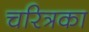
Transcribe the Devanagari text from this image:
चरित्रका